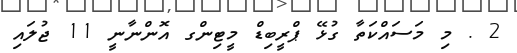
2 . މި މަސައްކަތާ ގުޅޭ ޕްރީބިޑް މީޓިންގ އޮންނާނީ 11 ޖުލައި